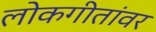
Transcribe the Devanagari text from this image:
लोकगीतांवर